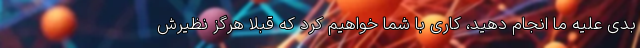
بدی علیه ما انجام دهید، کاری با شما خواهیم کرد که قبلاً هرگز نظیرش